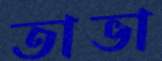
তাভা